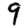
Digit: 9